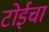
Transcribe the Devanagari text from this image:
टोईचा